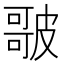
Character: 𭊣